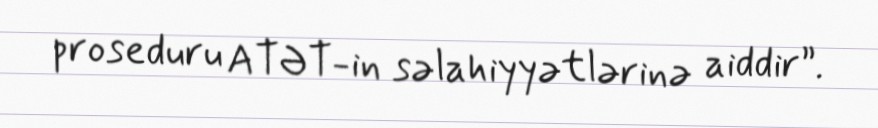
proseduru ATƏT-in səlahiyyətlərinə aiddir”.